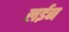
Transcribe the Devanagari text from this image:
लईन